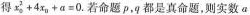
得$$x_{ 0} ^ { 2 } + 4x_{ 11 } + a = 0.$$若命题P,q都是真命题，则实数a